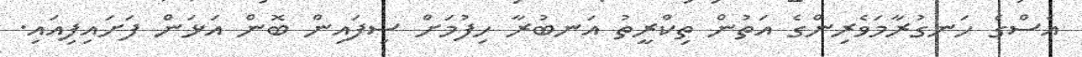
އެސްގެ ހަނގުރާމަވެރިންގެ އަތުން ތިކްރީތު އަނބުރާ ހިފުމަށް ސިފައިން ބޮން އަޅަން ފަށައިފިއައި.